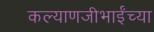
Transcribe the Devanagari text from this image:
कल्याणजीभाईंच्या